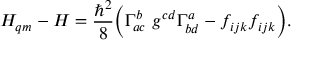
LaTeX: H _ { q m } - H = { \frac { \hbar ^ { 2 } } { 8 } } \Bigl ( \Gamma _ { a c } ^ { b } ~ g ^ { c d } \Gamma _ { b d } ^ { a } - f _ { i j k } f _ { i j k } \Bigr ) .